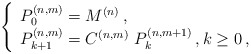
\begin{align*} \left \{ \begin{array}{l}P^{(n,m)}_0 = M^{(n)} \,,\\P^{(n,m)}_{k+1} = C^{(n,m)} \ P^{(n,m+1)}_k\,, k \ge 0\,,\end{array} \right.\end{align*}